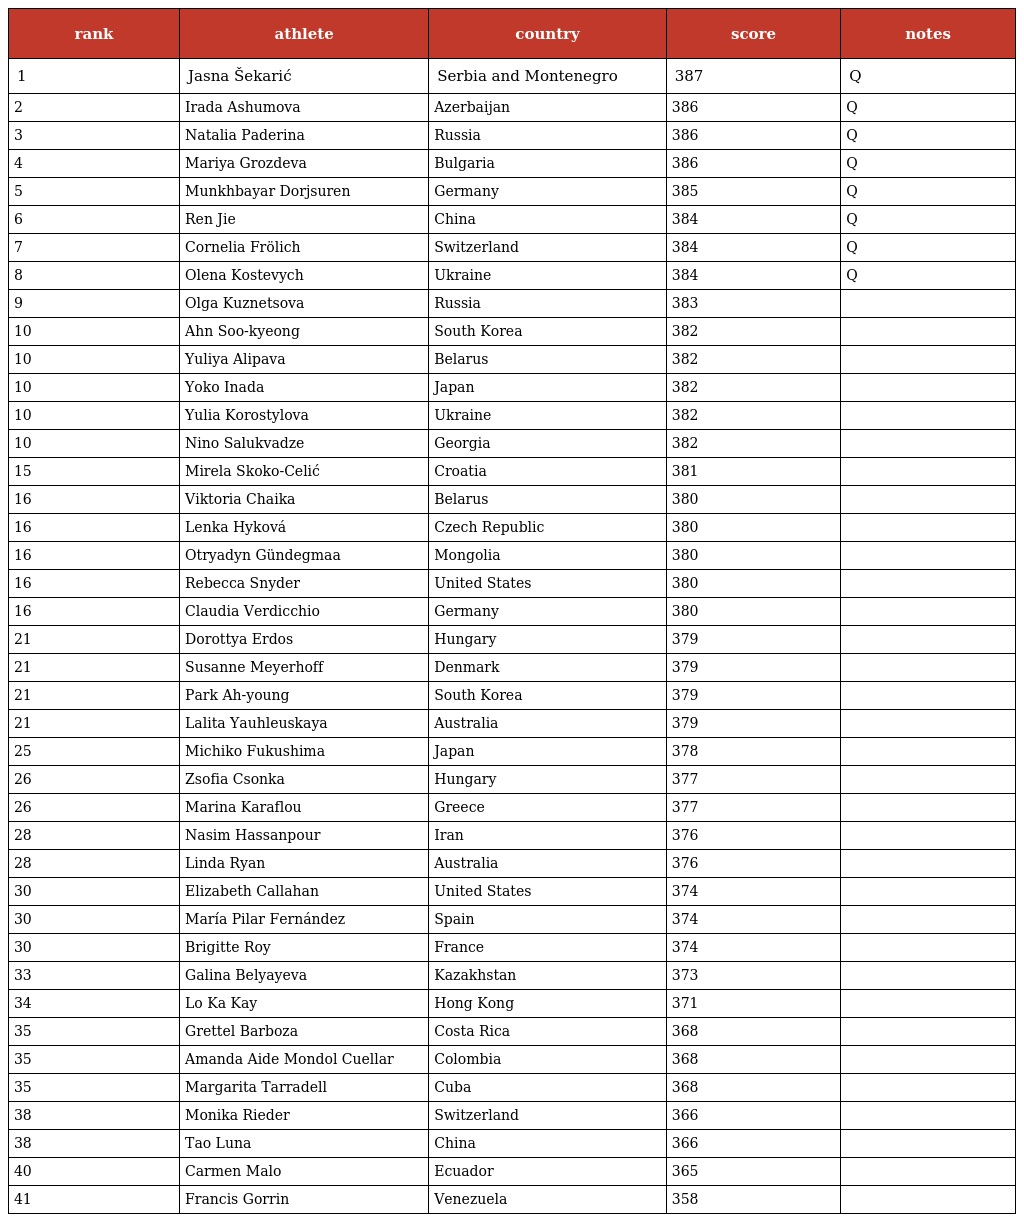
| rank | athlete | country | score | notes |
 | --- | --- | --- | --- | --- |
 | 1 | Jasna Šekarić | Serbia and Montenegro | 387 | Q |
 | 2 | Irada Ashumova | Azerbaijan | 386 | Q |
 | 3 | Natalia Paderina | Russia | 386 | Q |
 | 4 | Mariya Grozdeva | Bulgaria | 386 | Q |
 | 5 | Munkhbayar Dorjsuren | Germany | 385 | Q |
 | 6 | Ren Jie | China | 384 | Q |
 | 7 | Cornelia Frölich | Switzerland | 384 | Q |
 | 8 | Olena Kostevych | Ukraine | 384 | Q |
 | 9 | Olga Kuznetsova | Russia | 383 |  |
 | 10 | Ahn Soo-kyeong | South Korea | 382 |  |
 | 10 | Yuliya Alipava | Belarus | 382 |  |
 | 10 | Yoko Inada | Japan | 382 |  |
 | 10 | Yulia Korostylova | Ukraine | 382 |  |
 | 10 | Nino Salukvadze | Georgia | 382 |  |
 | 15 | Mirela Skoko-Celić | Croatia | 381 |  |
 | 16 | Viktoria Chaika | Belarus | 380 |  |
 | 16 | Lenka Hyková | Czech Republic | 380 |  |
 | 16 | Otryadyn Gündegmaa | Mongolia | 380 |  |
 | 16 | Rebecca Snyder | United States | 380 |  |
 | 16 | Claudia Verdicchio | Germany | 380 |  |
 | 21 | Dorottya Erdos | Hungary | 379 |  |
 | 21 | Susanne Meyerhoff | Denmark | 379 |  |
 | 21 | Park Ah-young | South Korea | 379 |  |
 | 21 | Lalita Yauhleuskaya | Australia | 379 |  |
 | 25 | Michiko Fukushima | Japan | 378 |  |
 | 26 | Zsofia Csonka | Hungary | 377 |  |
 | 26 | Marina Karaflou | Greece | 377 |  |
 | 28 | Nasim Hassanpour | Iran | 376 |  |
 | 28 | Linda Ryan | Australia | 376 |  |
 | 30 | Elizabeth Callahan | United States | 374 |  |
 | 30 | María Pilar Fernández | Spain | 374 |  |
 | 30 | Brigitte Roy | France | 374 |  |
 | 33 | Galina Belyayeva | Kazakhstan | 373 |  |
 | 34 | Lo Ka Kay | Hong Kong | 371 |  |
 | 35 | Grettel Barboza | Costa Rica | 368 |  |
 | 35 | Amanda Aide Mondol Cuellar | Colombia | 368 |  |
 | 35 | Margarita Tarradell | Cuba | 368 |  |
 | 38 | Monika Rieder | Switzerland | 366 |  |
 | 38 | Tao Luna | China | 366 |  |
 | 40 | Carmen Malo | Ecuador | 365 |  |
 | 41 | Francis Gorrin | Venezuela | 358 |  |